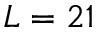
L = 2 1